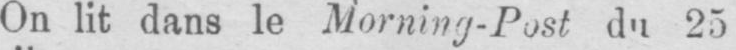
On lit dans le Morning-Post du 25